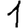
Digit: 1